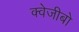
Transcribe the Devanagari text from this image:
क्वेजीबो